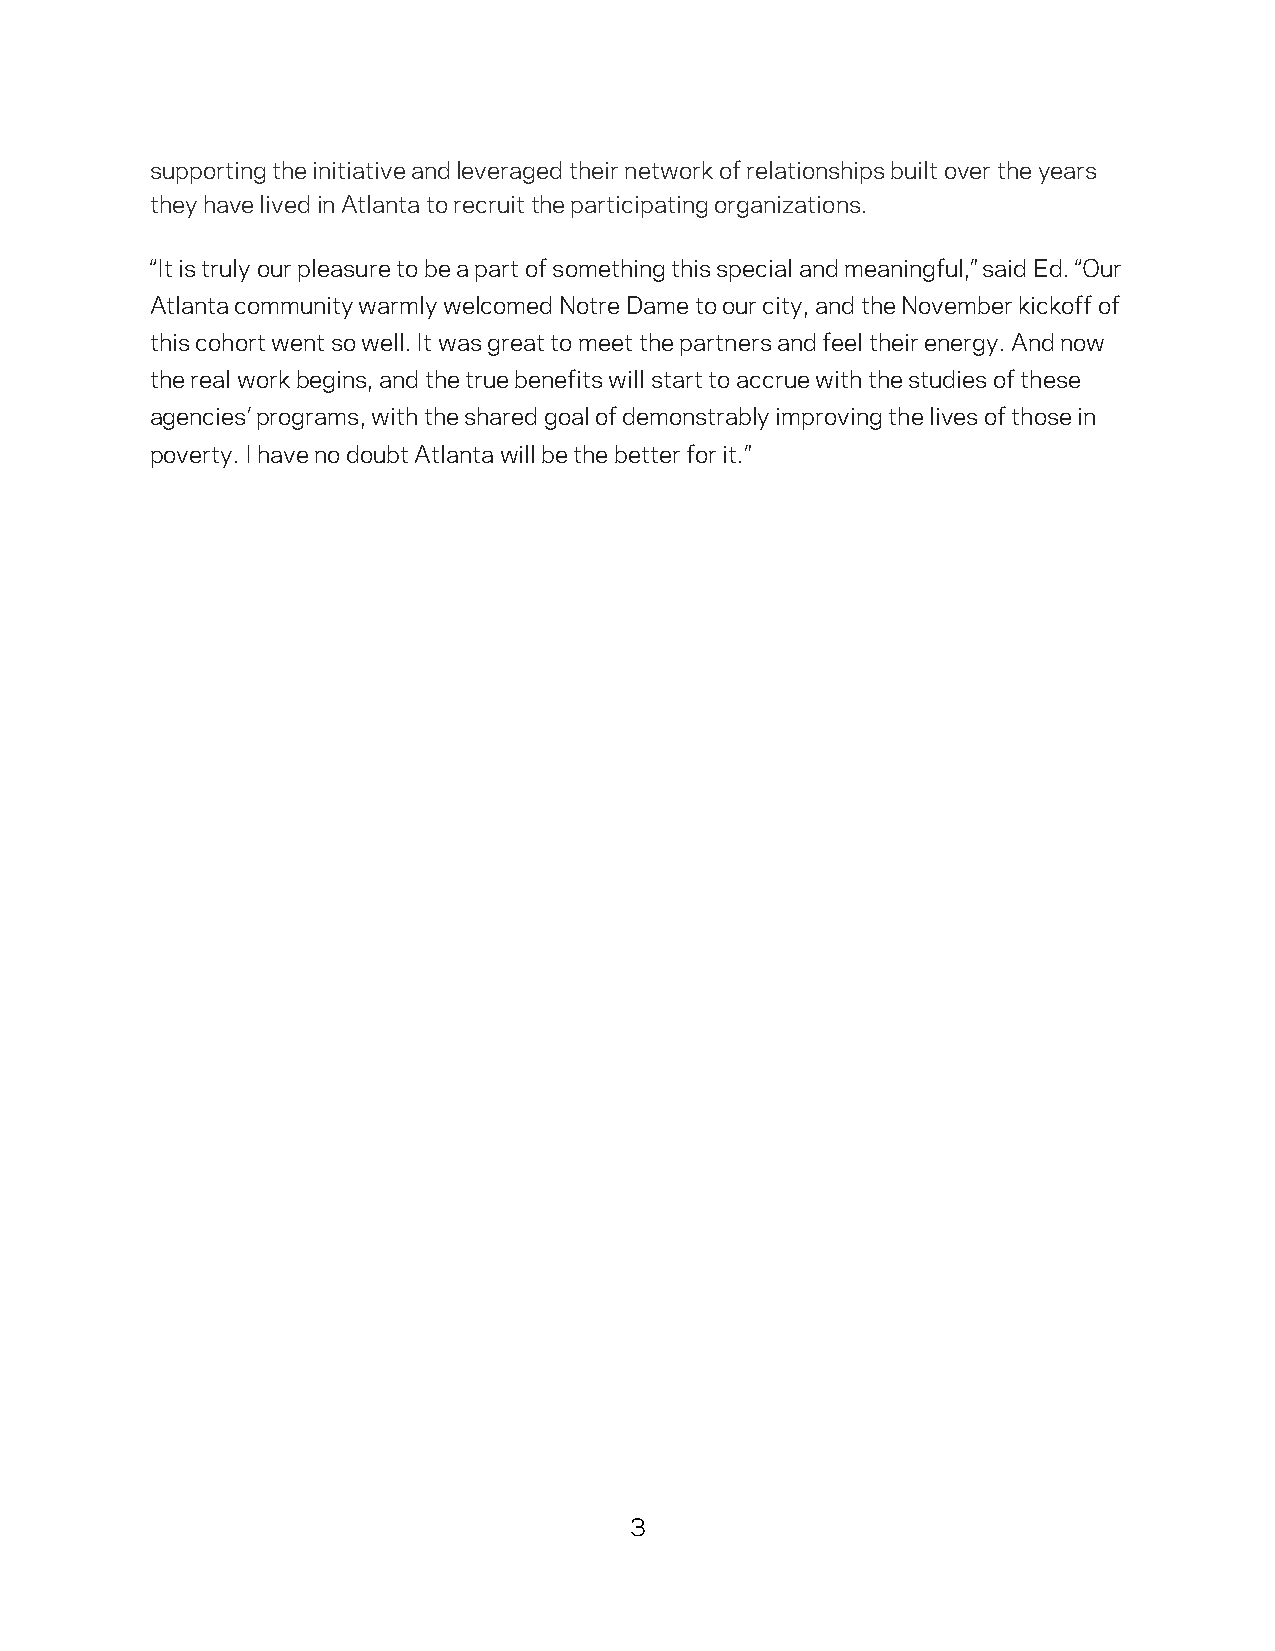
supporting the initiative and leveraged their network of relationships built over the years
 they have lived in Atlanta to recruit the participating organizations.
 “It is truly our pleasure to be a part of something this special and meaningful,” said Ed. “Our
 Atlanta community warmly welcomed Notre Dame to our city, and the November kickoff of
 this cohort went so well. It was great to meet the partners and feel their energy. And now
 the real work begins, and the true benefits will start to accrue with the studies of these
 agencies’ programs, with the shared goal of demonstrably improving the lives of those in
 poverty. I have no doubt Atlanta will be the better for it.”
 3